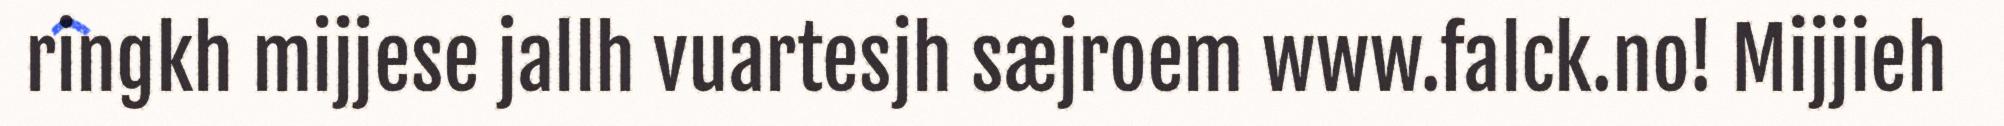
ringkh mijjese jallh vuartesjh sæjroem www.falck.no! Mijjieh